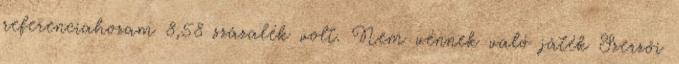
referenciahozam 8,58 százalék volt. Nem vénnek való játék Szerzői